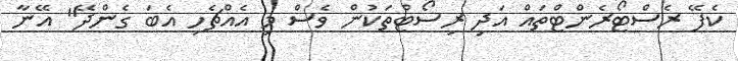
ކެފޭ ރެސްޓޯރެންޓްތައް އަދި ރިސޯޓްތަކުން ވެސް މި އެއްޗެހި އެބަ ގެންދޭ" އޭނާ